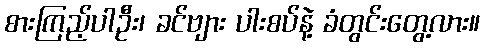
စားကြည့်ပါဦး၊ ခင်ဗျား ပါးစပ်နဲ့ ခံတွင်းတွေ့လား။